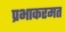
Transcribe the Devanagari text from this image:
प्रभाकरमत